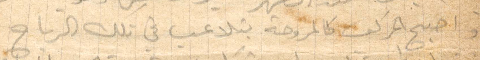
واصبح المركب كالمروحة يتلاعب في تلك الرياح